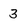
Character: 3